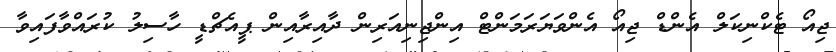
ޖިއޯ ޓެކްނިކަލް އެންޑް ޖިއޯ އެންވަޔަރަމަންޓް އިންޖިނިއަރިން ދާއިރާއިން ޕީއެޗްޑީ ހާސިލު ކުރައްވާފައިވާ